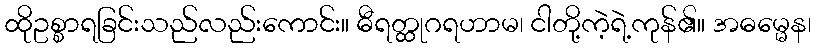
ထိုဥစ္စာရခြင်းသည်လည်းကောင်း။ ဓီရတ္ထုဂရဟာမ၊ ငါတို့ကဲ့ရဲ့ကုန်၏။ အဓမ္မေန၊